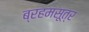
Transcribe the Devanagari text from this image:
ब्रहमसूत्र